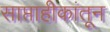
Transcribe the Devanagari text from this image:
साप्ताहीकांतून